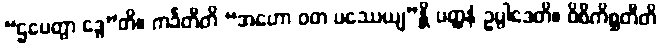
“ဌပေတွာ ဒွေ”တိ။ ကင်္ခတီတိ “အဟော ဝတ ပဿေယျ”န္တိ ပတ္ထနံ ဥပ္ပါဒေတိ။ ဝိစိကိစ္ဆတီတိ